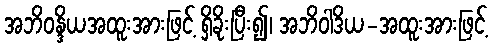
အဘိဝန္ဒိယအထူးအားဖြင့် ရှိခိုးပြီး၍၊ အဘိဝါဒိယ-အထူးအားဖြင့်